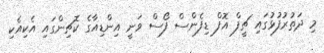
މި ދަތުރުފުޅުގައި ޗީފް އޮފް ޑިފެންސް ފޯސް ވަނީ އިންޑިއާގެ ކޮޗިންގައި އެކިއެކި